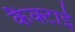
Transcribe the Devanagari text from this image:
कैक्टाई